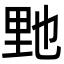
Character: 𨤤